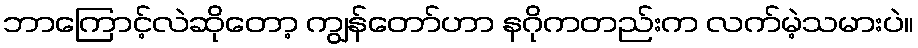
ဘာကြောင့်လဲဆိုတော့ ကျွန်တော်ဟာ နဂိုကတည်းက လက်မဲ့သမားပဲ။